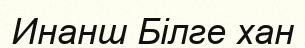
Инанш Білге хан